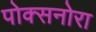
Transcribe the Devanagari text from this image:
पोक्सनोरा